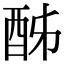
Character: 𨠓